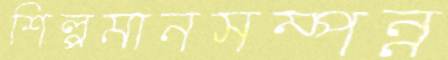
শিল্পমানসম্পন্ন